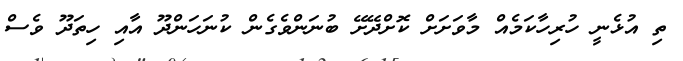
ތި އުޅެނީ ހުރިހާކަމެއް މާވަށަށް ކޮށްދޭށޭ ބުނަންވެގެން ކުނަހަންދޫ އާއި ހިތަދޫ ވެސް